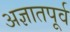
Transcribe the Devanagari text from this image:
अज्ञातपूर्व